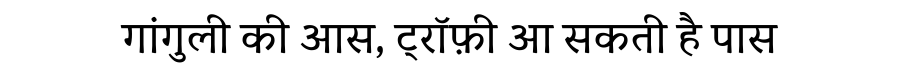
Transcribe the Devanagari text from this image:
गांगुली की आस, ट्रॉफ़ी आ सकती है पास